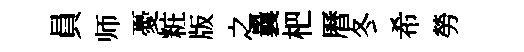
員师憂粧版之曩杷曆冬希勞